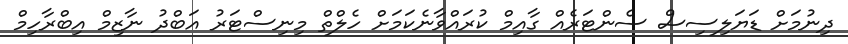
ދިނުމަށް ޑަޔަލިސިސް ސެންޓަރެއް ގާއިމް ކުރައްވާނެކަމަށް ހެލްތް މިނިސްޓަރު އަބްދު ނާޒިމް އިބްރާހިމް